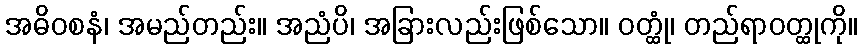
အဓိဝစနံ၊ အမည်တည်း။ အညံပိ၊ အခြားလည်းဖြစ်သော။ ဝတ္ထုံ၊ တည်ရာဝတ္ထုကို။